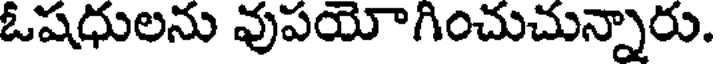
ఓషధులను వుపయోగించుచున్నారు.